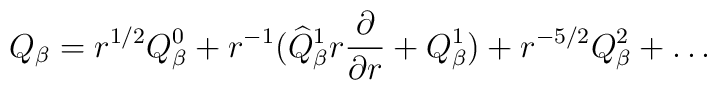
Q_\beta=r^{1/2}Q_\beta^0+r^{-1}(\widehat{Q}_\beta^1r\frac{\partial}{\partial r}+Q_\beta^1)+r^{-5/2}Q_\beta^2+\ldots